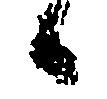
候